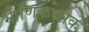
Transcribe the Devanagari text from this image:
माणिकचौक